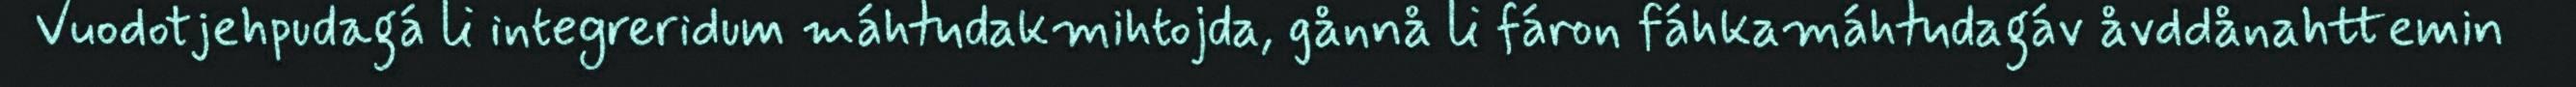
Vuodotjehpudagá li integreridum máhtudakmihtojda, gånnå li fáron fáhkamáhtudagáv åvddånahttemin